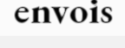
envois